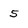
Character: 5